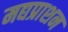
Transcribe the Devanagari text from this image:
मद्यप्राशन